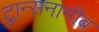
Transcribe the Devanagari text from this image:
ट्रान्सनामीब